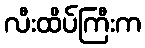
လီးထိပ်ကြီးက